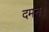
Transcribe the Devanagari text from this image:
दमन।